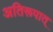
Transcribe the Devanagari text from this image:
अतिरूपात्